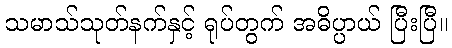
သမာသ်သုတ်နက်နှင့် ရုပ်တွက် အဓိပ္ပာယ် ပြီးပြီ။